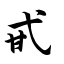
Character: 甙